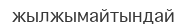
жылжымайтындай